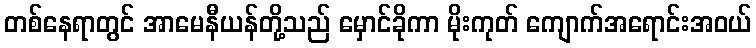
တစ်နေရာတွင် အာမေနီယန်တို့သည် မှောင်ခိုကာ မိုးကုတ် ကျောက်အရောင်းအဝယ်